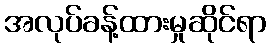
အလုပ်ခန့်ထားမှုဆိုင်ရာ